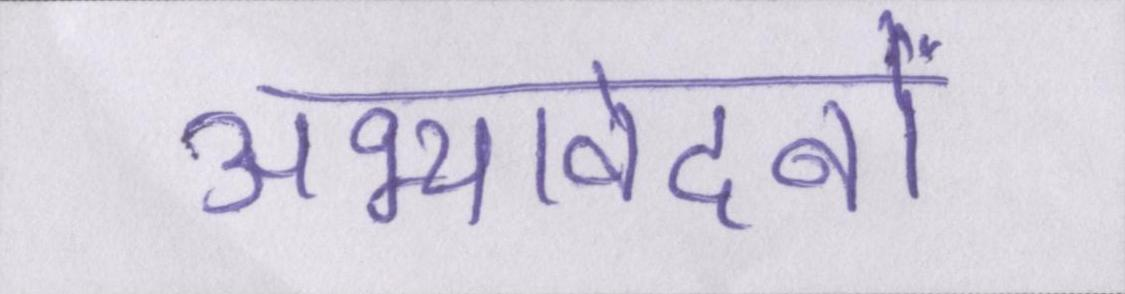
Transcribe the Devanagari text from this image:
अभ्यावेदनों